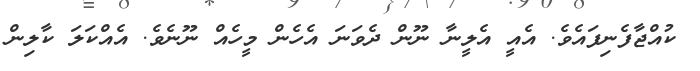
ކުއްޖާފެނިފައެވެ. އެއީ އެލީނާ ނޫން ދެވަނަ އެހެން މީހެއް ނޫނެވެ. އެއްކަލަ ކާލިން